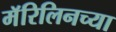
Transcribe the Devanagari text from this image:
मॅरिलिनच्या